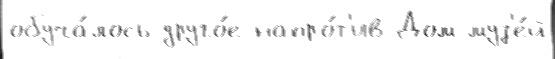
обуча́лось друго́е напро́т'ив Дом-муз'е́й